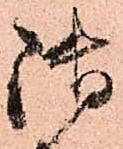
御